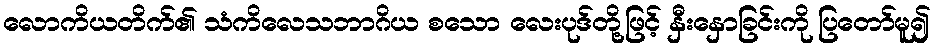
လောကိယတိက်၏ သံကိလေသဘာဂိယ စသော လေးပုဒ်တို့ဖြင့် နှီးနှောခြင်းကို ပြတော်မူ၍